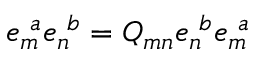
e _ { m } ^ { \ a } e _ { n } ^ { \ b } = Q _ { m n } e _ { n } ^ { \ b } e _ { m } ^ { \ a }